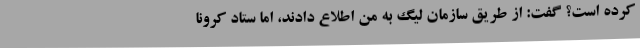
کرده است؟ گفت: از طریق سازمان لیگ به من اطلاع دادند، اما ستاد کرونا